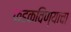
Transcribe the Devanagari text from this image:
फडकविण्याचा